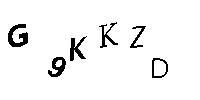
G9KKZD